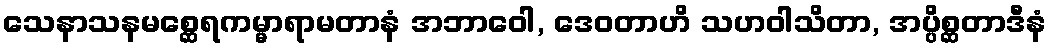
သေနာသနမစ္ဆေရကမ္မာရာမတာနံ အဘာဝေါ, ဒေဝတာဟိ သဟဝါသိတာ, အပ္ပိစ္ဆတာဒီနံ